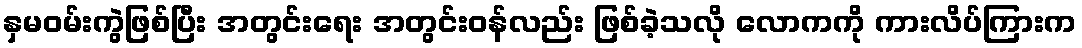
နှမဝမ်းကွဲဖြစ်ပြီး အတွင်းရေး အတွင်းဝန်လည်း ဖြစ်ခဲ့သလို လောကကို ကားလိပ်ကြားက